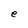
Character: e